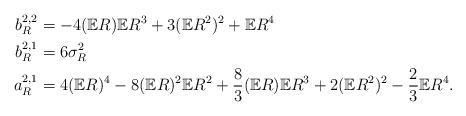
LaTeX: \begin{align*}b_R^{2,2}&=-4(\mathbb{E}R)\mathbb{E}R^3 + 3(\mathbb{E}R^2)^2 + \mathbb{E}R^4 \\b_R^{2,1}&= 6\sigma_R^2 \\a_R^{2,1}&=4(\mathbb{E}R)^4 - 8(\mathbb{E}R)^2\mathbb{E}R^2+ \frac83(\mathbb{E}R)\mathbb{E}R^3 + 2(\mathbb{E}R^2)^2 - \frac23 \mathbb{E}R^4.\end{align*}